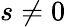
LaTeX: s\neq 0